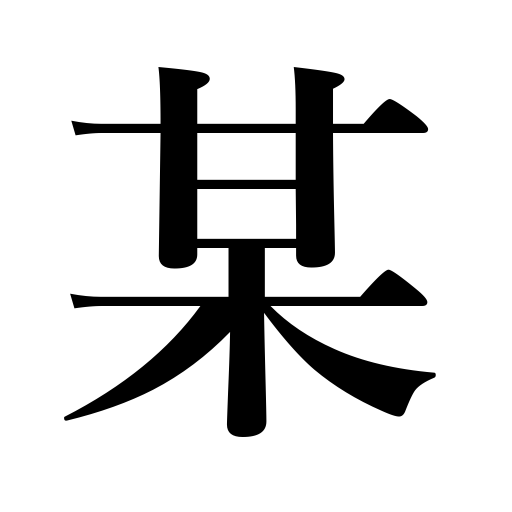
Meanings: one,that thing ,that person,a certain